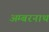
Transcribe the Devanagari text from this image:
अम्‍बरनाथ